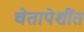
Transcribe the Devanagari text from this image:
चेतापेशींत